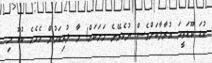
ކުޑަ ކޫޑަވީމަ އުރާލާކަށްވެސް ނުކެރޭނެ މަށަކަށް! މާ ލުއިކަމުން ހެހެހެ ކުޑޫ މި